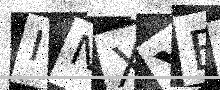
Text: INXYE9